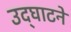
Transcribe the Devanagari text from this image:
उद्‌घाटने